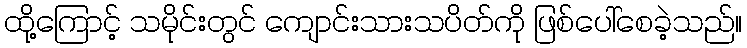
ထို့ကြောင့် သမိုင်းတွင် ကျောင်းသားသပိတ်ကို ဖြစ်ပေါ်စေခဲ့သည်။